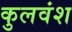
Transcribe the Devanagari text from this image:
कुलवंश